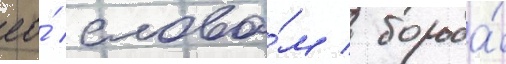
ео́ слова́м / борьба́